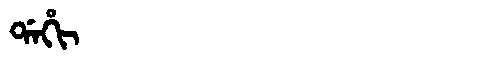
Manchu: ᡩᠠᡥᡳ
Romanization: DAHI